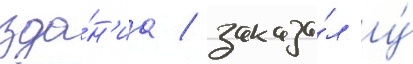
зда́н'иа / заказа́л у́